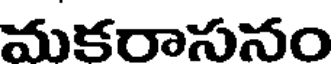
మకరాసనం